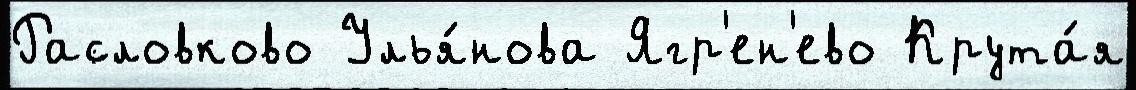
Расловково Улья́нова Ягр'ен'ево Крута́я